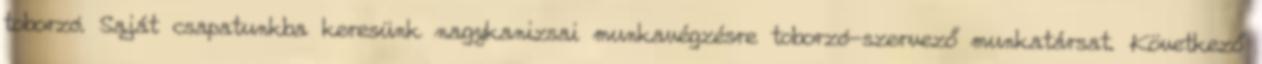
toborzó. Saját csapatunkba keresünk nagykanizsai munkavégzésre toborzó-szervező munkatársat. Következő